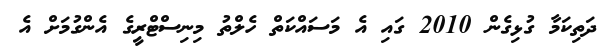
ދަތިކަމާ ގުޅިގެން 2010 ގައި އެ މަސައްކަތް ހެލްތު މިނިސްޓްރީގެ އެންގުމަށް އެ